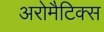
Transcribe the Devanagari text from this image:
अरोमैटिक्स